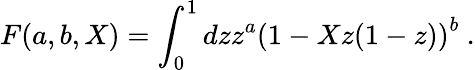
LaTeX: F(a,b,X)=\int_{0}^{1}dzz^{a}\left(1-Xz(1-z)\right)^{b}~.